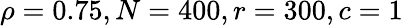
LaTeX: \rho=0.75,N=400,r=300,c=1